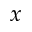
x